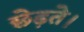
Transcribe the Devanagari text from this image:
छेड़ते।